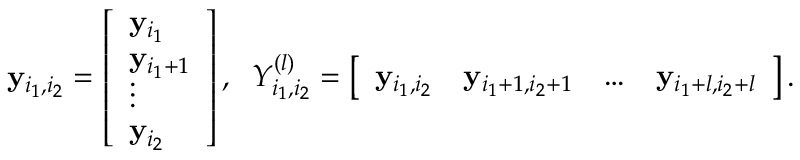
\begin{array} { r } { \mathbf { y } _ { i _ { 1 } , i _ { 2 } } = \left[ \begin{array} { l } { \mathbf { y } _ { i _ { 1 } } } \\ { \mathbf { y } _ { i _ { 1 } + 1 } } \\ { \vdots } \\ { \mathbf { y } _ { i _ { 2 } } } \end{array} \right] , \; \; Y _ { i _ { 1 } , i _ { 2 } } ^ { ( l ) } = \left[ \begin{array} { l l l l } { \mathbf { y } _ { i _ { 1 } , i _ { 2 } } } & { \mathbf { y } _ { i _ { 1 } + 1 , i _ { 2 } + 1 } } & { \ldots } & { \mathbf { y } _ { i _ { 1 } + l , i _ { 2 } + l } } \end{array} \right] . } \end{array}